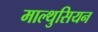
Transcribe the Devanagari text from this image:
माल्थुसियन